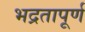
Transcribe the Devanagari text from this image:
भद्रतापूर्ण